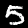
Label: 5